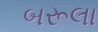
બરૂલા